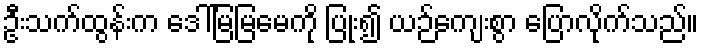
ဦးသက်ထွန်းက ဒေါ်မြမြမေကို ပြုံး၍ ယဉ်ကျေးစွာ ပြောလိုက်သည်။